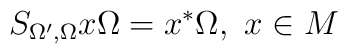
S_{\Omega ^{\prime },\Omega }x\Omega =x^{*}\Omega ,\,\,x\in M